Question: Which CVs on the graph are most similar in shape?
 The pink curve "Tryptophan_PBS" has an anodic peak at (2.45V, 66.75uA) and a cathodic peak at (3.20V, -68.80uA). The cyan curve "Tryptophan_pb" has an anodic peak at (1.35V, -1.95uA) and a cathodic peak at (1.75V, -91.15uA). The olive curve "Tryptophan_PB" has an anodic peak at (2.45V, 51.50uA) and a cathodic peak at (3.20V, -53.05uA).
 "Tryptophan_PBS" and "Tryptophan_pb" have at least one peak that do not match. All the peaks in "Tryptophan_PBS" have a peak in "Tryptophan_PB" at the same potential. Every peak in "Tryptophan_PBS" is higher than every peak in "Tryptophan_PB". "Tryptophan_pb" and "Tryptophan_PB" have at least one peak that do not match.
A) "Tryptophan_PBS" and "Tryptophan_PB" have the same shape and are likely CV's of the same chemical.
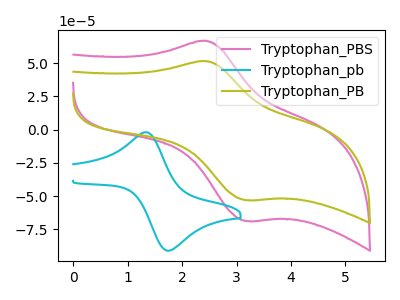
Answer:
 <answer>A) "Tryptophan_PBS" and "Tryptophan_PB" have the same shape and are likely CV's of the same chemical.</answer>
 <eval>A</eval>